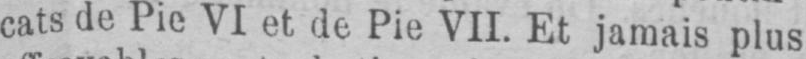
cats de Pie VI et de Pie VII. Et jamais plus